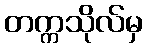
တက္ကသိုလ်မှ